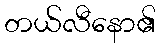
တယ်လီနော၏